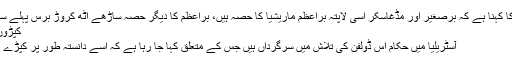
سائنسدانوں کا کہنا ہے کہ برصغیر اور مڈغاسکر اسی لاپتہ براعظم ماریشیا کا حصہ ہیں، براعظم کا دیگر حصہ ساڑھے آٹھ کروڑ برس پہلے سمندر میں…
کپڑوں پہنی ڈولفن
آسٹریلیا میں حکام اس ڈولفن کی تلاش میں سرگرداں ہیں جس کے متعلق کہا جا رہا ہے کہ اسے دانستہ طور پر کپڑے میں لپیٹا گیا۔